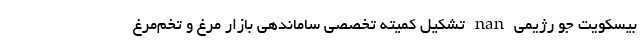
بیسکویت جو رژیمی nan تشکیل کمیته تخصصی ساماندهی بازار مرغ و تخم‌مرغ